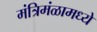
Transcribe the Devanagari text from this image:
मंत्रिमंळामध्ये